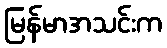
မြန်မာအသင်းက